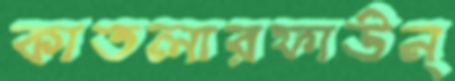
কাতলারফাউন্